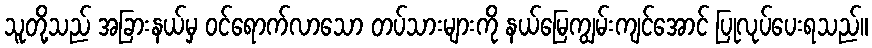
သူတို့သည် အခြားနယ်မှ ဝင်ရောက်လာသော တပ်သားများကို နယ်မြေကျွမ်းကျင်အောင် ပြုလုပ်ပေးရသည်။